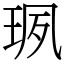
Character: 珟